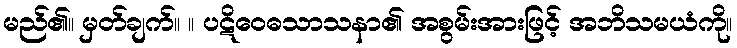
မည်၏။ မှတ်ချက်။ ။ ပဋိဝေဓသာသနာ၏ အစွမ်းအားဖြင့် အဘိသမယံကို။